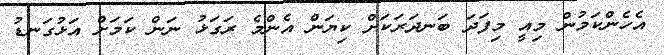
އެހެންކަމުން މިއީ މިފަދަ ބަނދަރަކަށް ކިޔަން އެންމެ ރަގަޅު ނަން ކަމަށް އަޅުގަނޑު